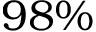
9 8 \%